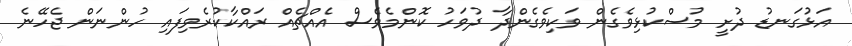
އަޅުގަނޑު ދުށީ މުސްކުޅިވެގެން ވަކިވެގެންދާ ދުވަހު ކޮންމެވެސް އެއްޗެއް ރައްކާކުރެވިފައި ހުންނަން ޖެހޭނެ